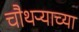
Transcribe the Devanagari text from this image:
चौथऱ्याच्या